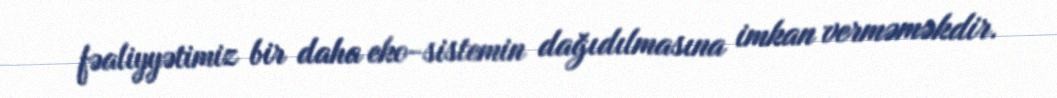
fəaliyyətimiz bir daha eko-sistemin dağıdılmasına imkan verməməkdir.